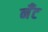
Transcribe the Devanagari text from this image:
नँँट